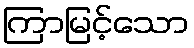
ကြာမြင့်သော